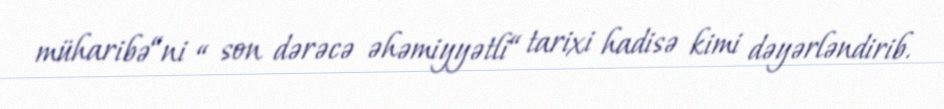
müharibə“ni “ son dərəcə əhəmiyyətli“ tarixi hadisə kimi dəyərləndirib.